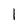
Character: I